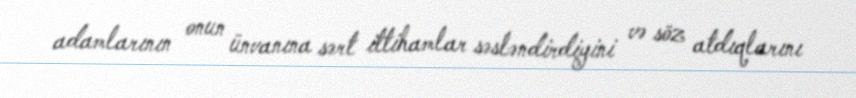
adamlarının onun ünvanına sərt ittihamlar səsləndirdiyini və söz atdıqlarını